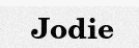
Jodie